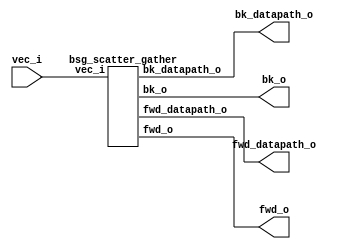


module top
(
  vec_i,
  fwd_o,
  fwd_datapath_o,
  bk_o,
  bk_datapath_o
);

  input [63:0] vec_i;
  output [383:0] fwd_o;
  output [383:0] fwd_datapath_o;
  output [383:0] bk_o;
  output [383:0] bk_datapath_o;

  bsg_scatter_gather
  wrapper
  (
    .vec_i(vec_i),
    .fwd_o(fwd_o),
    .fwd_datapath_o(fwd_datapath_o),
    .bk_o(bk_o),
    .bk_datapath_o(bk_datapath_o)
  );


endmodule



module bsg_scatter_gather
(
  vec_i,
  fwd_o,
  fwd_datapath_o,
  bk_o,
  bk_datapath_o
);

  input [63:0] vec_i;
  output [383:0] fwd_o;
  output [383:0] fwd_datapath_o;
  output [383:0] bk_o;
  output [383:0] bk_datapath_o;
  wire [383:0] fwd_o,fwd_datapath_o,bk_o,bk_datapath_o;

endmodule